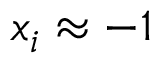
x _ { i } \approx - 1